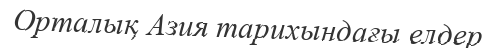
Орталық Азия тарихындағы елдер